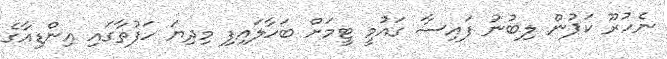
ނެހުރޫ ކަޕުން ލިބުނު ފައިސާ ގައުމީ ޓީމަށް ބަހާލައިފި މިދިޔަ ހަފުތާގައި އިންޑިއާގެ